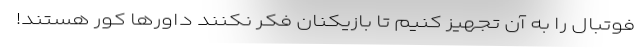
فوتبال را به آن تجهیز کنیم تا بازیکنان فکر نکنند داورها کور هستند!